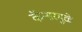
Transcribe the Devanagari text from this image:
कॅन्सरमुळे